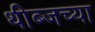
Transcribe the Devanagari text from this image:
थीब्जच्या